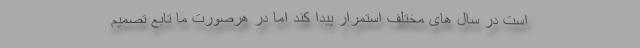
است در سال های مختلف استمرار پیدا کند اما در هرصورت ما تابع تصمیم